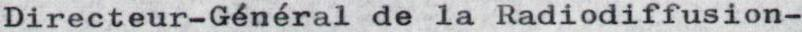
Directeur-Général de la Radiodiffusion-